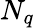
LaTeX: N_{q}